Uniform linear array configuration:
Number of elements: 4
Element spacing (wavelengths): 1
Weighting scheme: blackman
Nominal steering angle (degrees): -30
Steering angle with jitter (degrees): -31.351
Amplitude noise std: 0.05
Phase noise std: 0.05

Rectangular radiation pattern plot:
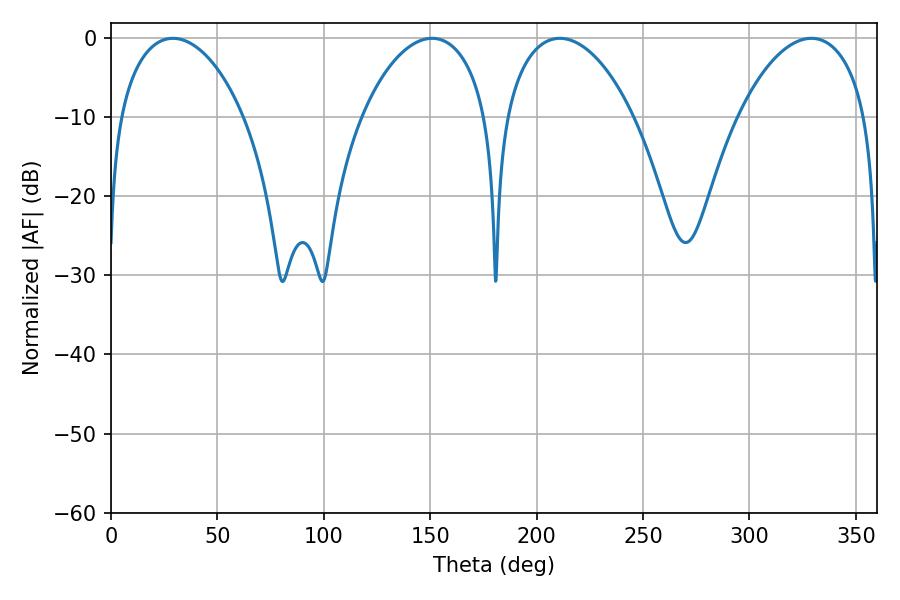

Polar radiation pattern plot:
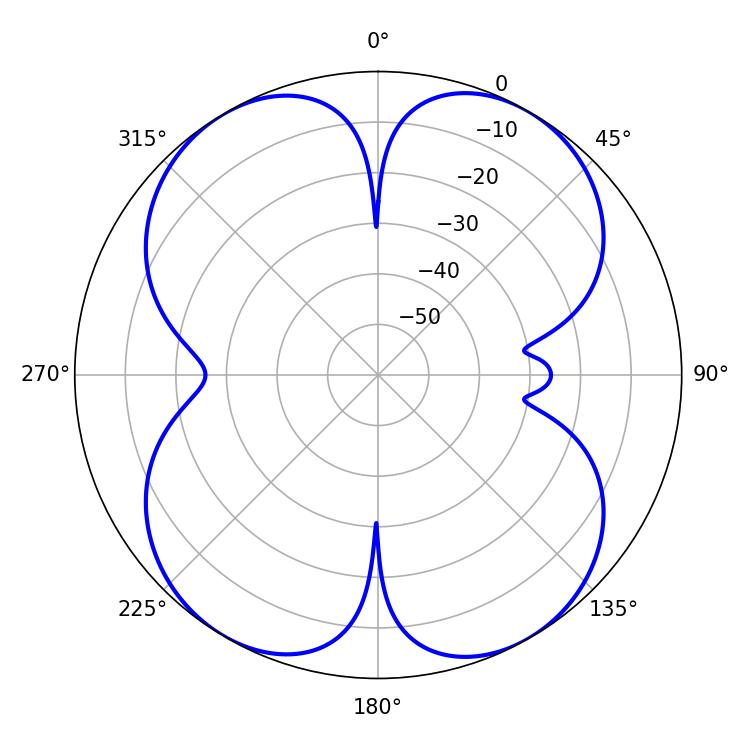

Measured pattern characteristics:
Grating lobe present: TRUE
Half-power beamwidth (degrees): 33.66
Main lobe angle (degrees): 29.16